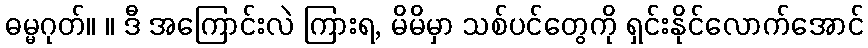
ဓမ္မဂုတ်။ ။ ဒီ အကြောင်းလဲ ကြားရ, မိမိမှာ သစ်ပင်တွေကို ရှင်းနိုင်လောက်အောင်